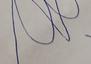
Signature authenticity: forged